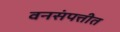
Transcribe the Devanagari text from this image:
वनसंपत्तीत